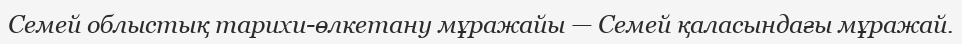
Семей облыстық тарихи-өлкетану мұражайы — Семей қаласындағы мұражай.